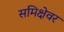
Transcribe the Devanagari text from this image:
समिक्षेवर